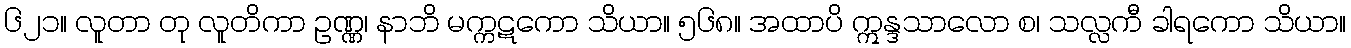
၆၂၁။ လူတာ တု လူတိကာ ဥဏ္ဏ၊ နာဘိ မက္ကဋကော သိယာ။ ၅၆၈။ အထာပိ ဣန္ဒသာလော စ၊ သလ္လကီ ခါရကော သိယာ။